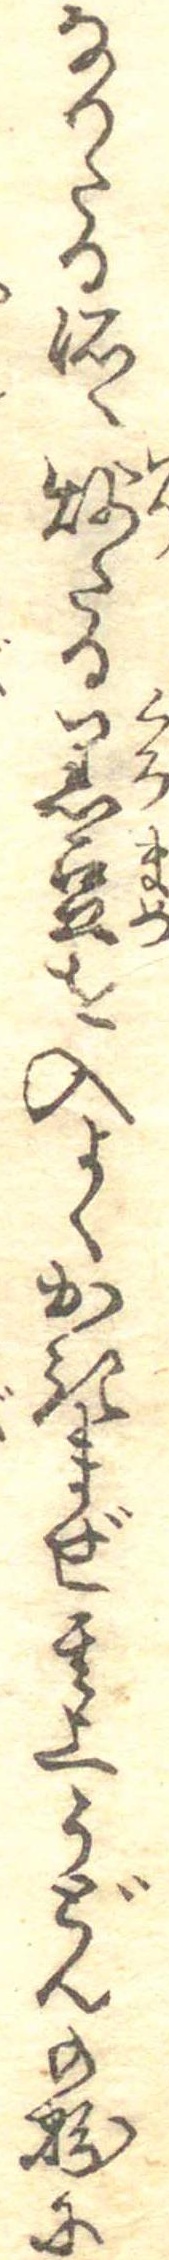
なりたる所へ炒たる黒豆を入よくかきまぜ其上うどんの粉に